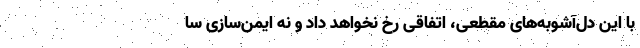
با این دل‌آشوبه‌های مقطعی، اتفاقی رخ نخواهد داد و نه ایمن‌سازی سا